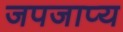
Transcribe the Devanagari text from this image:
जपजाप्य